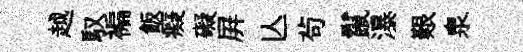
越馭褊飯癡礙屛亾茍鬣瀑艱泉